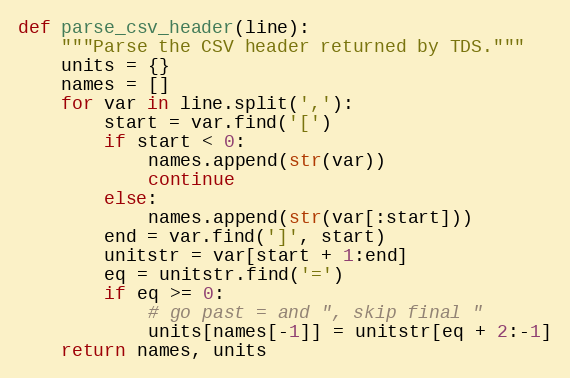
Language: Python
def parse_csv_header(line):
    """Parse the CSV header returned by TDS."""
    units = {}
    names = []
    for var in line.split(','):
        start = var.find('[')
        if start < 0:
            names.append(str(var))
            continue
        else:
            names.append(str(var[:start]))
        end = var.find(']', start)
        unitstr = var[start + 1:end]
        eq = unitstr.find('=')
        if eq >= 0:
            # go past = and ", skip final "
            units[names[-1]] = unitstr[eq + 2:-1]
    return names, units